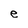
Character: e